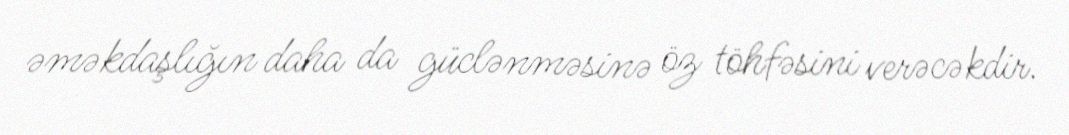
əməkdaşlığın daha da güclənməsinə öz töhfəsini verəcəkdir.